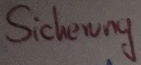
Text: Sicherung